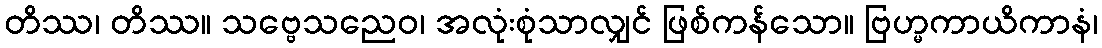
တိဿ၊ တိဿ။ သဗ္ဗေသညေဝ၊ အလုံးစုံသာလျှင် ဖြစ်ကန်သော။ ဗြဟ္မကာယိကာနံ၊